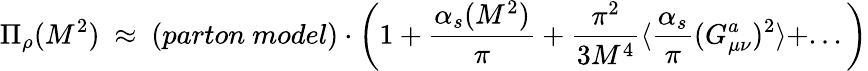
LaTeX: \Pi_{\rho}(M^{2})~\approx~(parton~model)\cdot\left(1+{\frac{\alpha_{s}(M^{2})}{\pi}}+{\frac{\pi^{2}}{3M^{4}}}\langle{\frac{\alpha_{s}}{\pi}}(G_{\mu\nu}^{a})^{2}\rangle+...\right)